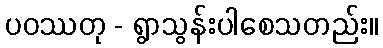
ပဝဿတု - ရွာသွန်းပါစေသတည်း။